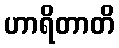
ဟာရိတာတိ